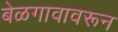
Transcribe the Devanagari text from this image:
बेळगावावरून